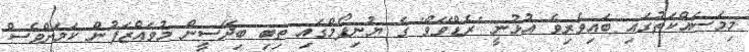
މިމަސައްކަތުގައި ބައިވެރިވެ އުޅުނީ 'ރެޑްވޭވް' ގެ ޔުނިފޯމްގައި ތިބި ބިދޭސީން މުވައްޒަފުން ކަމަށްވެސް